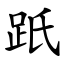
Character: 䟗